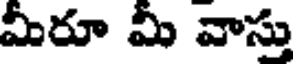
మీరూ మీ వాస్తు